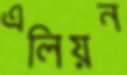
এলিয়ন